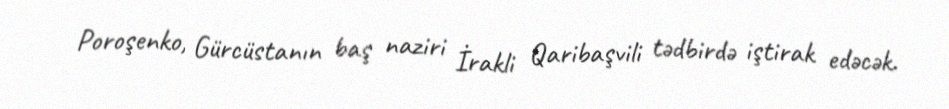
Poroşenko, Gürcüstanın baş naziri İrakli Qaribaşvili tədbirdə iştirak edəcək.